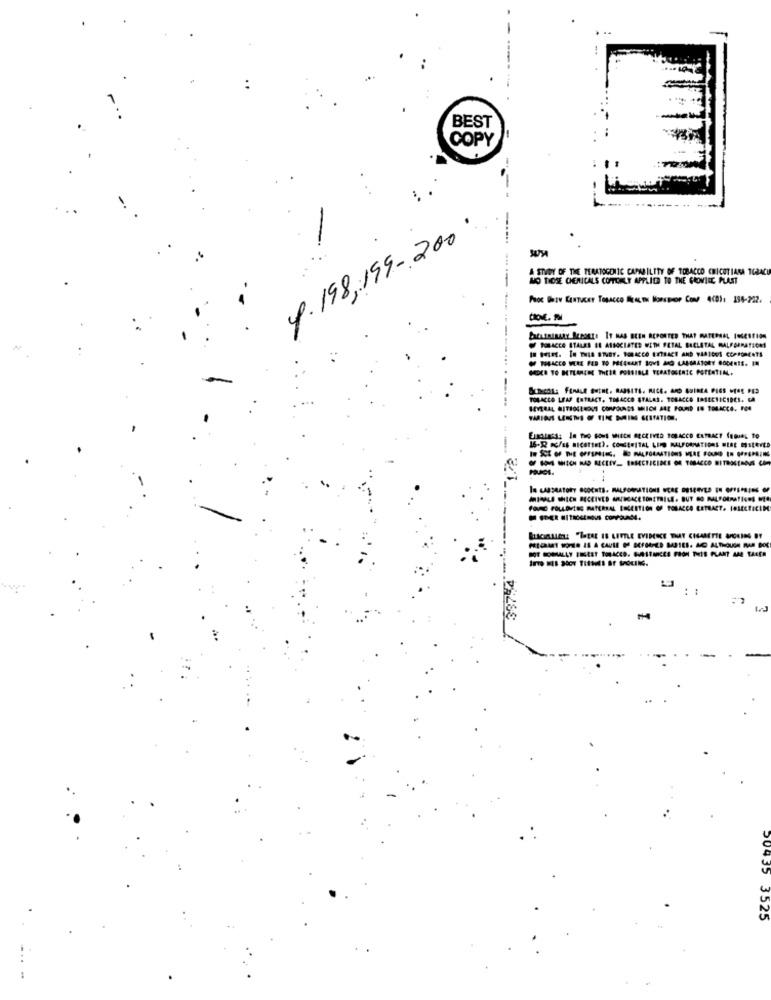
BEST
COPY
4.198,199-200 :
A STVOY OF THE TERATOGENIC CAPABILITY OF TOBACCO CRICOTIARA TGBAC
MO THOSE CHEMICALS COPTONLY APPLIES TO THE GROVIIC PLAST
Proc Serv CanTucer Tosacco Acesos Bonspor Con 4(0): 154-222.
Doif. Nl
-------
TOBACCO STALES EE ASSOCIATED WITH FETAL BECLETAL MALFORMATION
TOLACCA LEAF EXTRACT, TOBACCO STALAS. TOBACCO INSECTICIDES. SA
16-R OG/a nicering). CONGENITAL LIMO MALFORMATIONS NLAE MISLEVED
1.72
FOR FOLLOWING MATERIAL ESCERTION OF TOBACCO ERTRACT. IRIECEICIM
39754
3525